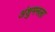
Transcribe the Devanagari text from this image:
अंशुमनला